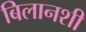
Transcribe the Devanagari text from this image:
बिलानशी